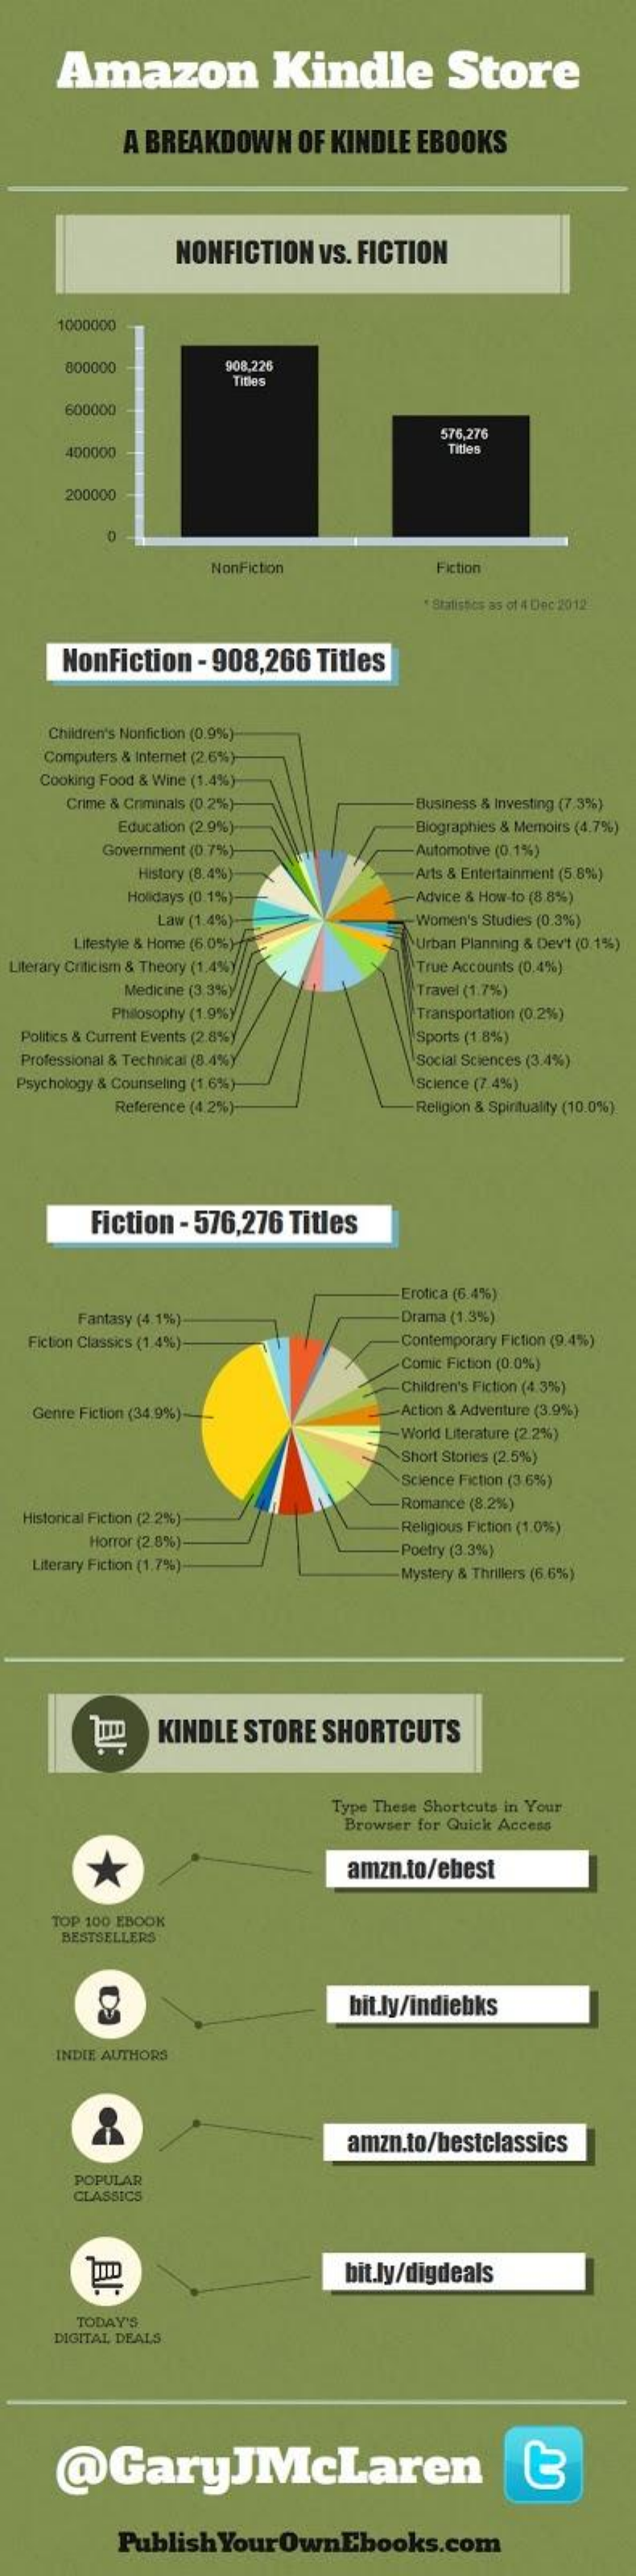
Amazon    Kindle    Store
     A BREAKDOWN    OF KINDLE EBOOKS
     NONFICTION   VS. FICTION
     1000000
     800000    908,226
     Titles
     600000
     576,276
     400000    Titles
     200000
     NonFiction    Fiction
     * Statistics as of #1 Dec 2012
     NonFiction - 908,266  Titles
    Children's Nonfiction (0.9%)
    Computers & Internet (2.6%)
    Cooking Food & Wine (1.4%)
     Crime & Criminals (0 .2%)    Business & Investing (7,3%)
     Education (2.9%)    Biographies & Memoirs (4,7%)
     Government (0.7%)    Automotive (0,1%)
     History (8.4%)    Arts & Entertainment (5.8%)
     Holidays (0.1%)    Advice & How-to (8 8%)
     Law (1.4%)    -Women's Studies (0.3%)
     Lifestyle & Home (6 0%)    Urban Planning & Dev't (0.1%)
  Literary Criticism & Theory (1.4%) True Accounts (0.4%)
     Medicine (3,3%)    Travel (1.7%)
     Philosophy (1.9%)    Transportation (0.2%)
  Politics & Current Events (2.8%)  Sports (1.8%)
  Professional & Technical (8.4%)   Social Sciences (3.4%)
  Psychology & Counseling (1.6%)    Science (7.4%)
     Reference (4.2%)    Religion & Spirituality (10.0%)
     Fiction - 576,276 Titles
     Erotica (6.4%)
     Fantasy (4.1%)    Drama (1.3%)
   Fiction Classics (1,4%)    Contemporary Fiction (9.4%)
     Comic Fiction (0.0%)
     Children's Fiction (4.3%)
   Genre Fiction (34,9%)-    Action & Adventure (3.9%)
     World Literature (2.2%)
     Short Stories (2.5%)
     Science Fiction (3,6%)
  Historical Fiction (2 2%)
     Romance (8.2%)
     Horror (2.8%).
     Religious Fiction (1.0%)
   Literary Fiction (1,7%)
     Poetry (3.3%)
     Mystery & Thrillers (6.6%)
     KINDLE STORE  SHORTCUTS
     Type These Shortcuts in Your
     Browser for Quick Access
     *    amzn.to/ebest
     TOP 100 EBOOK
     BESTSELLERS
     bit.ly/indiebks
     INDIE AUTHORS
     amzn.to/bestclassics
     POPULAR
     CLASSICS
     bit.ly/digdeals
     TODAY'S
     DIGITAL, DEALS
     @GaryJMcLaren
     Publish  Your OwnEbooks.com